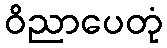
ဝိညာပေတုံ